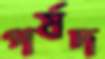
পর্ষদ